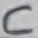
Text: C